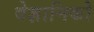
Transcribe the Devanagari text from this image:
वेज्ञानिको